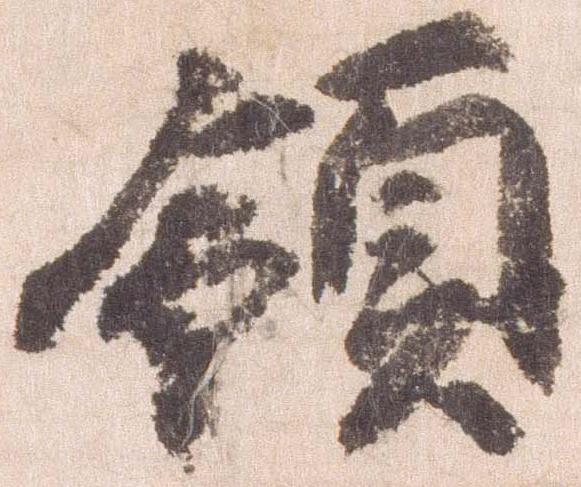
領